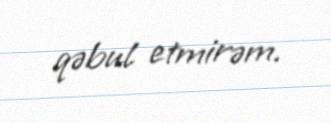
qəbul etmirəm.